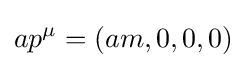
ap^{\mu }=(am,0,0,0)